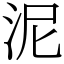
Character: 泥